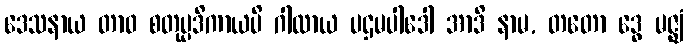
ဒေသနာယ တာဝ စတုပ္ပဒိကာယပိ ဂါထာယ ပဌမပါဒေါ အာဒိ နာမ, တတော ဒွေ မဇ္ဈံ